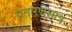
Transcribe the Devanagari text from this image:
प्रतारणमात्र